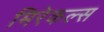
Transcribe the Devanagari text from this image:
मिरेकल्स